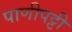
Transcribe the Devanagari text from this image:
पाणीपट्टी